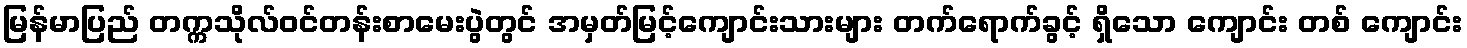
မြန်မာပြည် တက္ကသိုလ်ဝင်တန်းစာမေးပွဲတွင် အမှတ်မြင့်ကျောင်းသားများ တက်ရောက်ခွင့် ရှိသော ကျောင်း တစ် ကျောင်း